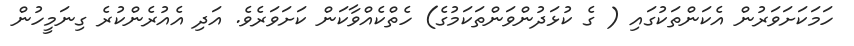
ހަމަކަށަވަރުން އެކަންތަކުގައި ( ގެ ކުޅަދުންވަންތަކަމުގެ) ހެތްކެއްވާކަން ކަށަވަރެވެ. އަދި އެއުރެންކުރެ ގިނަމީހުން